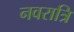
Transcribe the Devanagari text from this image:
नवरात्रि